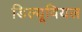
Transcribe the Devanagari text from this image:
डिल्यूवियल